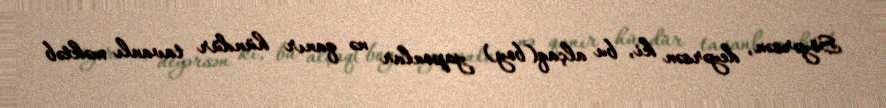
Söyərsən, deyərsən ki, bu alçaq(boy) yaponlar nə qanır hündür tavanlı məktəb